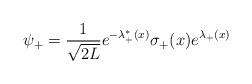
LaTeX: \begin{align*}\psi_+ = {1\over \sqrt{2L}}e^{-\lambda_+^*(x)}\sigma_+(x)e^{\lambda_+(x)}\end{align*}